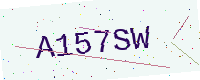
Text: A157SW